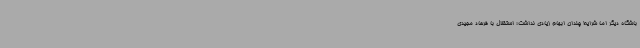
باشگاه دیگر اما شرایط چندان ابهام زیادی نداشت؛ استقلال با فرهاد مجیدی